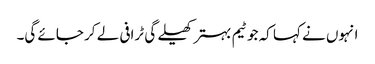
انہوں نے کہا کہ جو ٹیم بہتر کھیلے گی ٹرافی لے کر جائے گی۔